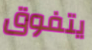
يتفوق